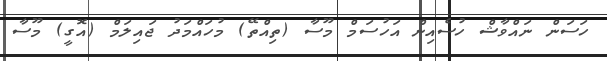
ހަސަން ނައްވާޝް ހުސެއިން އަހުސަމް މޫސާ (ތިއްތޭ) މުހައްމަދު ޖައިލަމް (އޮގީ) މޫސާ